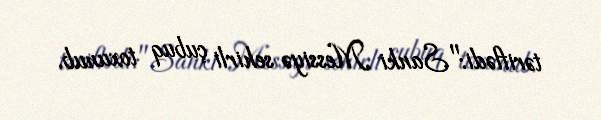
təriflədi:"Sanki Messiyə sehirli çubuq toxunub.